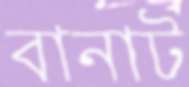
বানাট